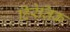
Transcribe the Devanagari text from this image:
हिरेतिक